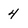
Character: 4